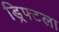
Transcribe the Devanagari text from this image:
ड्रिफ्टला